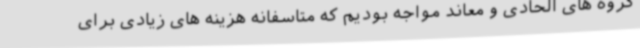
گروه های الحادی و معاند مواجه بودیم که متاسفانه هزینه های زیادی برای